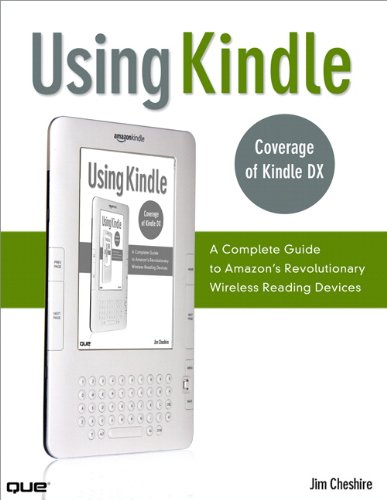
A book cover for Using Kindle: A Complete Guide to Amazon's Revolutionary Wireless Reading Devices (Kindle DX, Kindle 2); Jim Cheshire; Computers & Technology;